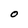
Character: O